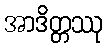
အာဒိတ္တဿု